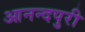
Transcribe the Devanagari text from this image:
आनन्दपुरी